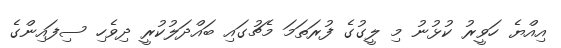
އިއްޔެ ހަވީރު ކުޅުނު މި ލީގުގެ ފުރަތަމަ މެޗުގައި ބައްދަލުކުރީ ދިވެހި ސިފައިންގެ